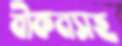
বীকনসহ